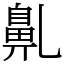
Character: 𪖐